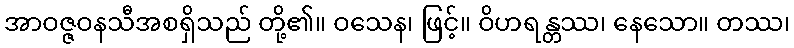
အာဝဇ္ဇဝနသီအစရှိသည် တို့၏။ ဝသေန၊ ဖြင့်။ ဝိဟရန္တဿ၊ နေသော။ တဿ၊